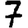
Digit: 7